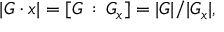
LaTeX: | G \cdot x | = [ G \, : \, G _ { x } ] = | G | / | G _ { x } | ,